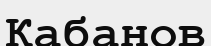
Кабанов